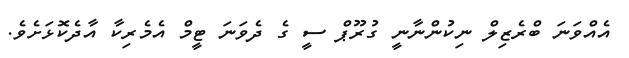
އެއްވަނަ ބްރެޒިލް ނިކުންނާނީ ގުރޫޕް ސީ ގެ ދެވަނަ ޓީމް އެމެރިކާ އާދެކޮޅަށެވެ.